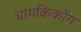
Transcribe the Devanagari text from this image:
चांगकिकोंग